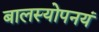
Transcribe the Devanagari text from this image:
बालस्योपनयं